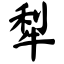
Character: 犁